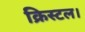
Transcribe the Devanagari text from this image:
क्रिस्टल।